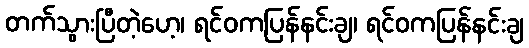
တက်သွားပြီတဲ့ဟေ့၊ ရင်ဝကပြန်နင်းချ၊ ရင်ဝကပြန်နင်းချ